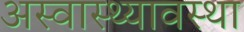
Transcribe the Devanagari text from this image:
अस्वास्थ्यावस्था